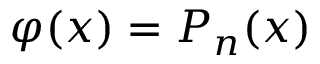
\varphi ( x ) = P _ { n } ( x )